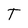
Character: T